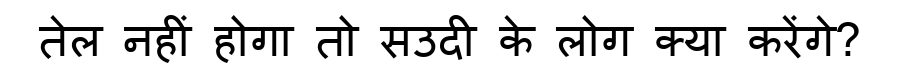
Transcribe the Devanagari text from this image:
तेल नहीं होगा तो सउदी के लोग क्या करेंगे?